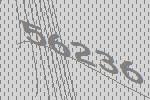
56236